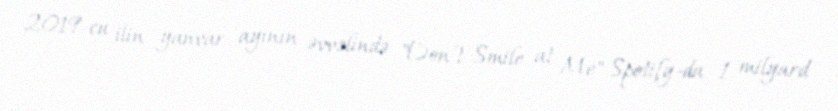
2019-cu ilin yanvar ayının əvvəlində "Don't Smile at Me" Spotify-da 1 milyard